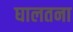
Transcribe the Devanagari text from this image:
घालतना